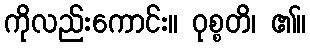
ကိုလည်းကောင်း။ ဝုစ္စတိ၊ ၏။